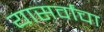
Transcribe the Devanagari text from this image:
यासर्वांचा